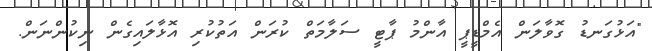
"އަޅުގަނޑު ގޮވާލަން އެމްޑީޕީ އާންމު ޕާޓީ ސަލާމަތް ކުރަން އަތުކުރި އޮޅާލައިގެން ނިކުންނަން.